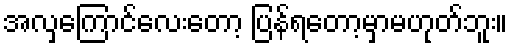
အလှကြောင်လေးတော့ ပြန်ရတော့မှာမဟုတ်ဘူး။